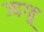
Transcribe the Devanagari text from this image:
ज्दग्हू